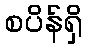
စပိန်ရှိ